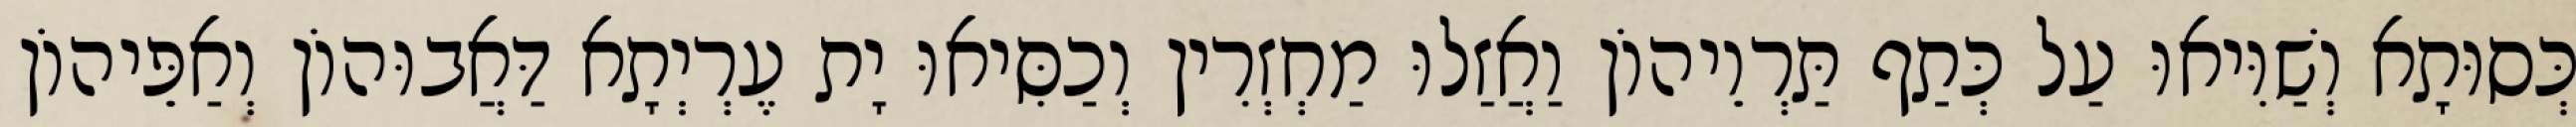
כְּסוּתָא וְשַׁוִּיאוּ עַל כְּתַף תַּרְוֵיהוֹן וַאֲזַלוּ מַחְזְרִין וְכַסִּיאוּ יָת עֶרְיְתָא דַּאֲבוּהוֹן וְאַפֵּיהוֹן